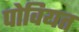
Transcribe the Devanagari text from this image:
पोवियत